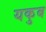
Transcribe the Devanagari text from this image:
यकुब